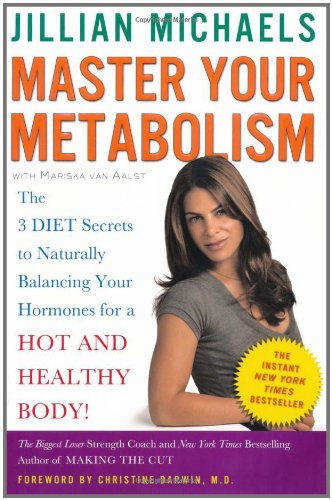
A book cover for Master Your Metabolism: The 3 Diet Secrets to Naturally Balancing Your Hormones for a Hot and Healthy Body!; Jillian Michaels; Health, Fitness & Dieting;